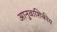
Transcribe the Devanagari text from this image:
आनुवाशिकीय